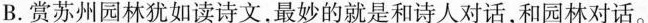
B.赏苏州园林犹如读诗文最妙的就是和诗人对话，和园林对话。